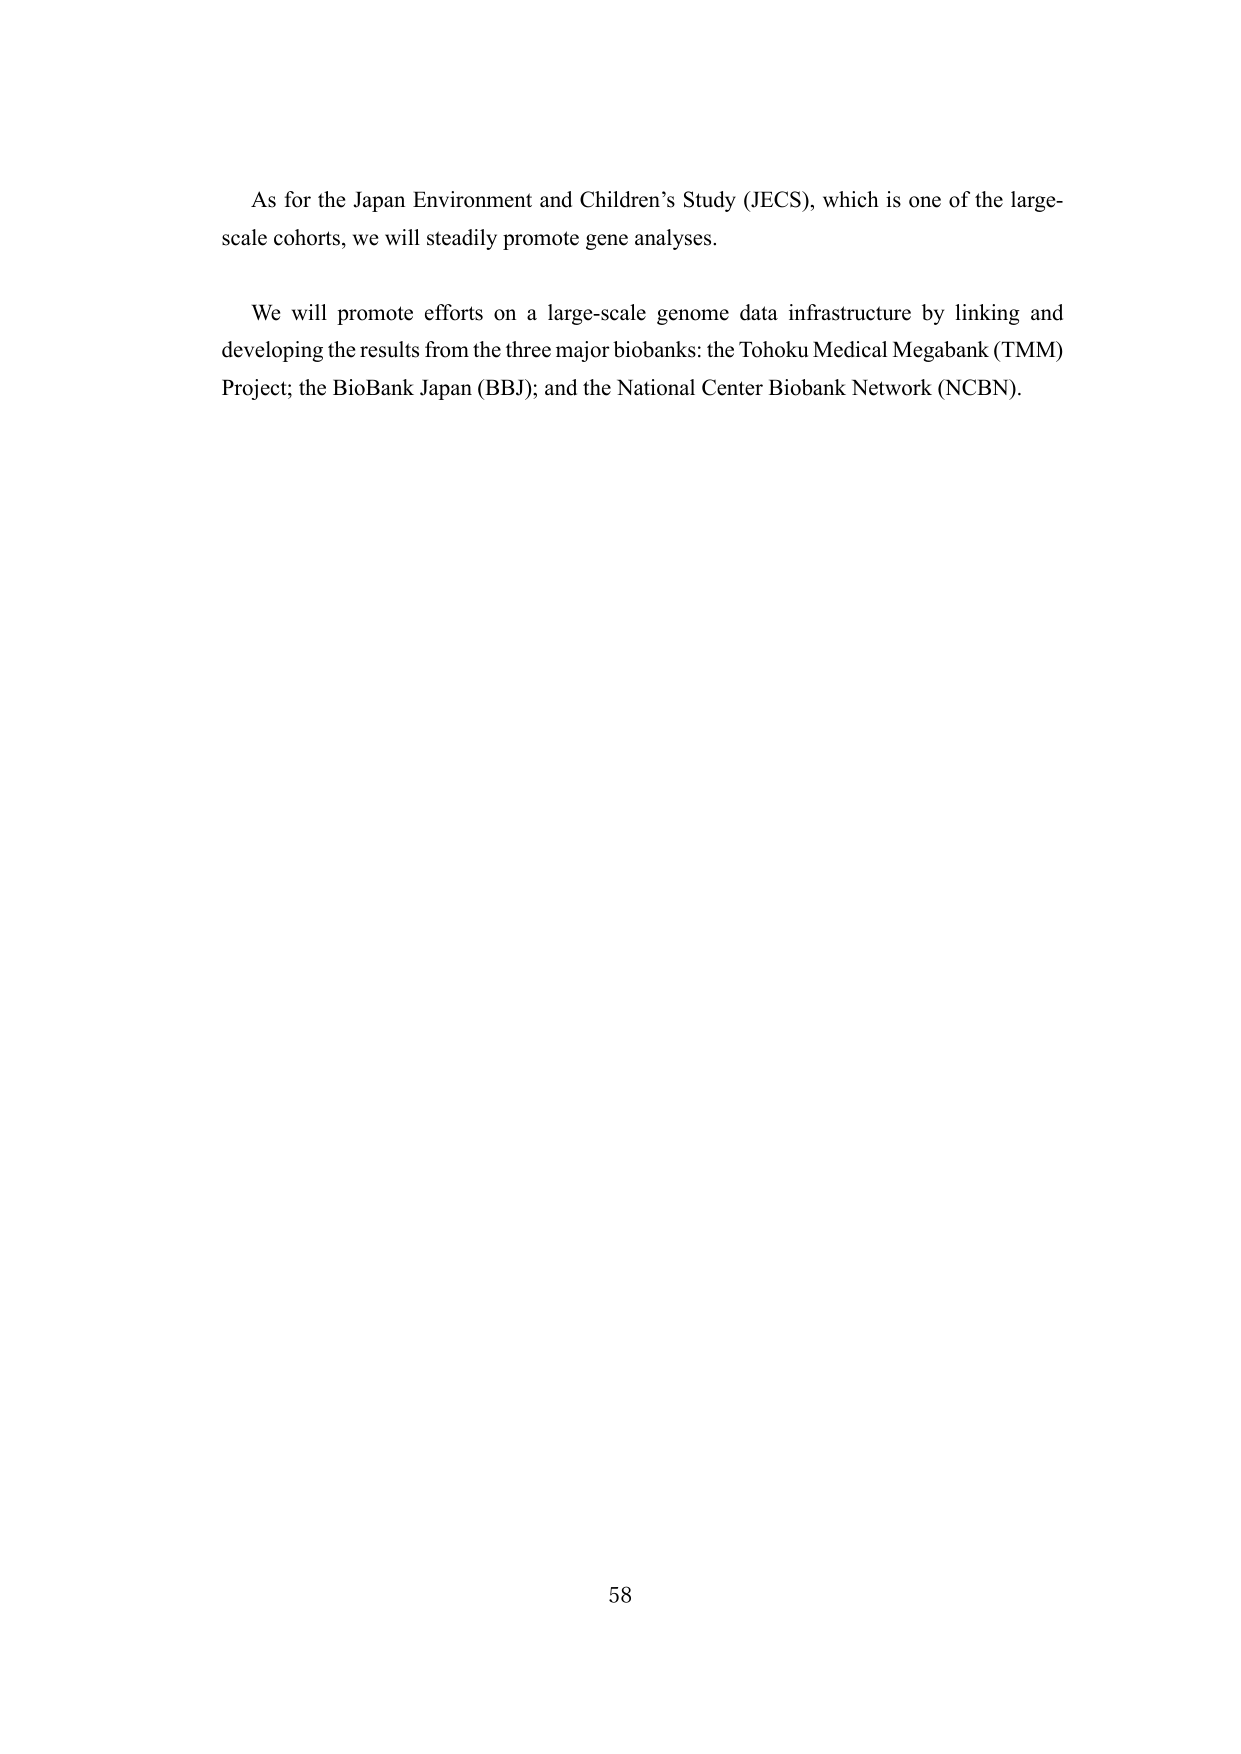
As for the Japan Environment and Children’s Study (JECS), which is one of the large-scale cohorts, we will steadily promote gene analyses.

We will promote efforts on a large-scale genome data infrastructure by linking and developing the results from the three major biobanks: the Tohoku Medical Megabank (TMM) Project; the BioBank Japan (BBJ); and the National Center Biobank Network (NCBN).

58